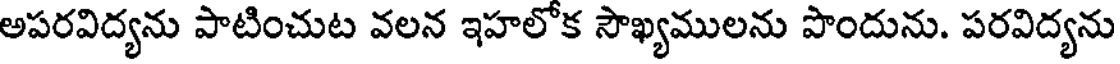
అపరవిద్యను పాటించుట వలన ఇహలోక సౌఖ్యములను పొందును. పరవిద్యను